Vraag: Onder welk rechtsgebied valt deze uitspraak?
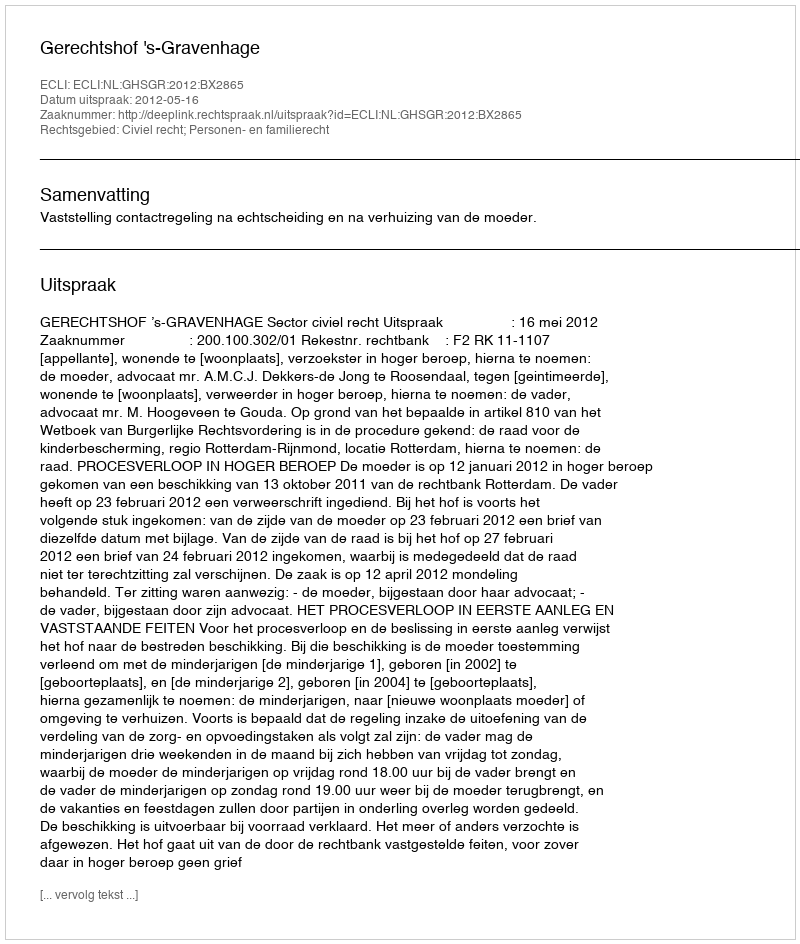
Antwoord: Civiel recht; Personen- en familierecht